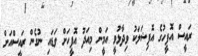
ރައީސް އޮފީހުގެ އޮފިޝަލަކު ވިދާޅުވީ އަމީން މިއަދު އޮފީހަށް ވަޑައި ނުގެން ރައީސްއަށް